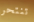
تنتحر